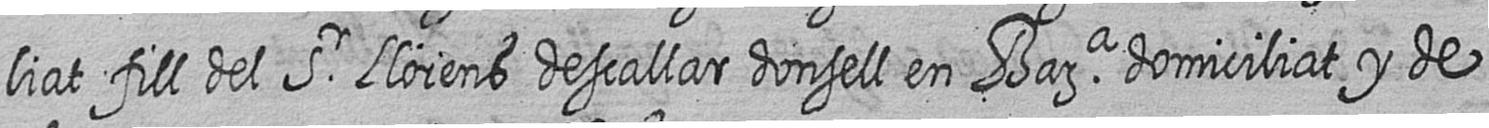
liat fill del Sr Llorens descallar donsell en Bara domiciliat y de